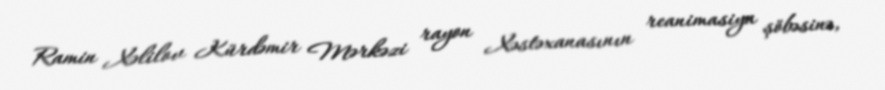
Ramin Xəlilov Kürdəmir Mərkəzi rayon Xəstəxanasının reanimasiya şöbəsinə,